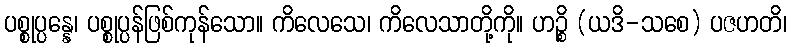
ပစ္စုပ္ပန္နေ၊ ပစ္စုပ္ပန်ဖြစ်ကုန်သော။ ကိလေသေ၊ ကိလေသာတို့ကို။ ဟဉ္စိ (ယဒိ-သစေ) ပဇဟတိ၊